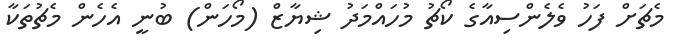
މެޗަށް ފަހު ވެލެންސިއާގެ ކޯޗު މުހައްމަދު ޝިޔާޒް (މޯހަން) ބުނީ އެހެން މެޗުތަކާ